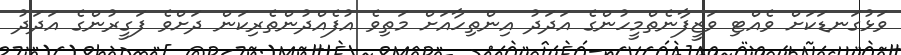
ވަޅުގަނޑަކަށް ވެއްޓި ވަޒީފާނެތްމީހުންގެ އަދަދު އިންތިހާއަށް މަތިވެ އުފެއްދުންތެރިކަން ދަށްވެ ފަގީރުންގެ އަދަދު